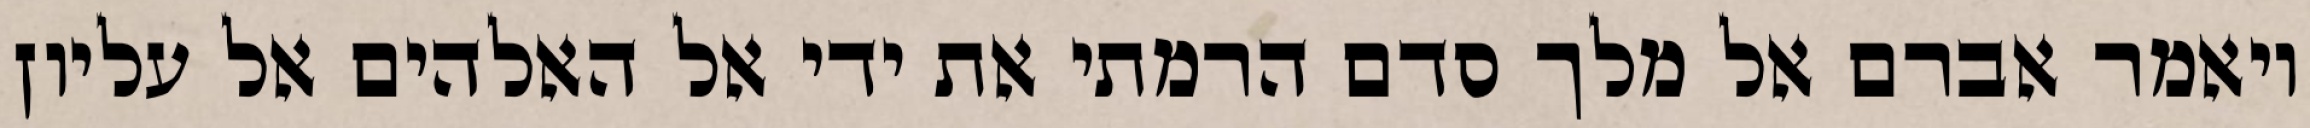
ויאמר אברם אל מלך סדם הרמתי את ידי אל האלהים אל עליון